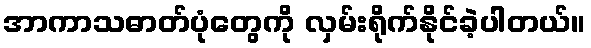
အာကာသဓာတ်ပုံတွေကို လှမ်းရိုက်နိုင်ခဲ့ပါတယ်။